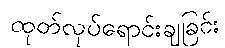
ထုတ်လုပ်ရောင်းချခြင်း